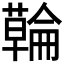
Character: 𮒇